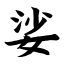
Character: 娑